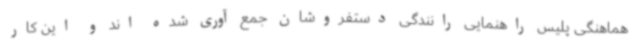
هماهنگی پلیس راهنمایی رانندگی دستفروشان جمع آوری شده اند و این کار